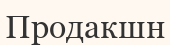
Продакшн